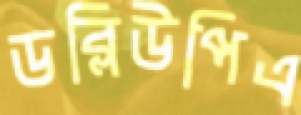
ডব্লিউপিএ